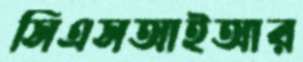
সিএসআইআর